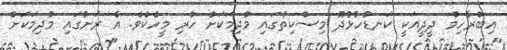
އިބްރާހިމް ދީދީއަކީ ކަނޑުހުޅުދޫ މިސްކިތުގައި މުދިމަކަށް ހުރި މީހެކެވެ. އެ ރަށުގައި މުދިމަކަށް